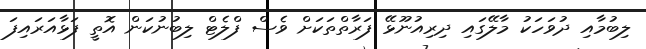
ލިބުމާއި ދުވަހަކު މާލޭގައި ދިރިއުނޫޅޭ ފަރާތްތަކަށް ވެސް ފްލެޓް ލިބުނުކަން އޮތީ ފަޅާއަރައިފަ